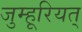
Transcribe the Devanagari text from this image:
जुम्हूरियत्